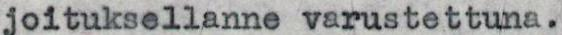
joituksellanne varustettuna.